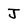
Character: J